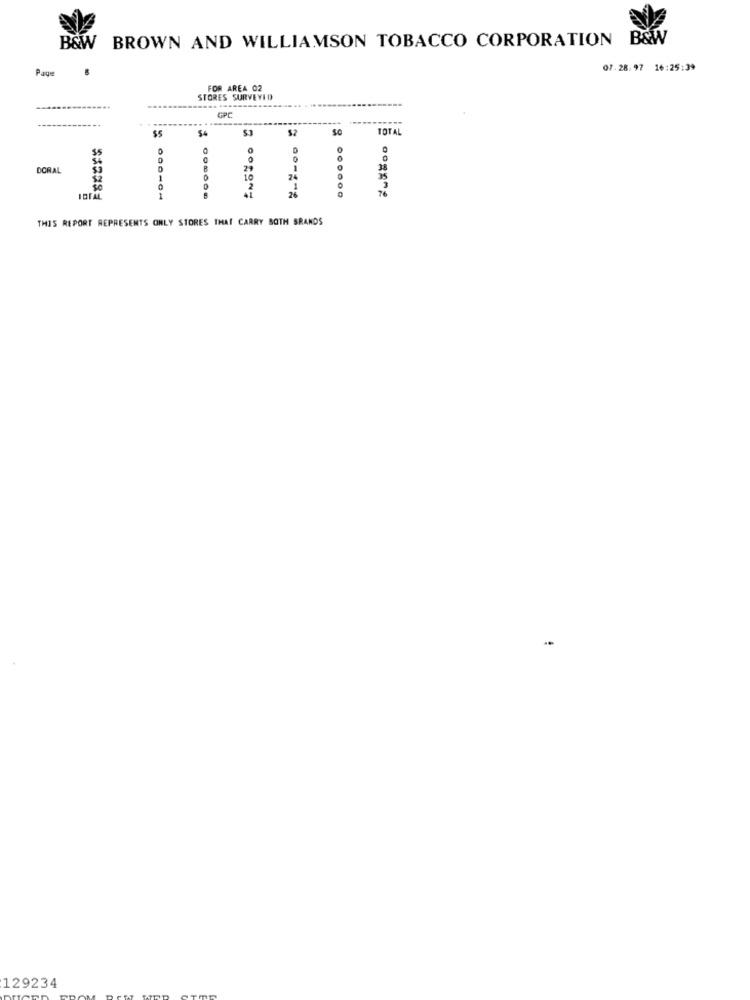
BROWN AND WILLIAMSON TOBACCO CORPORATION
B&W
B&W
Page
07.28.97 16:25:39
FOR AREA 02
STORES SURVEYED
GPC
$5
$4
$2
Sc
TOTAL
2
0
0
55
DORAL
B
29
1
1
10
74
35
2
3
1
26
THIS REPORT REPRESENTS ONLY STORES THAT CARRY BOTH BRANDS
129234